Leaving Certificate Examination (including Day School Certificate (Higher) General paper), 1934
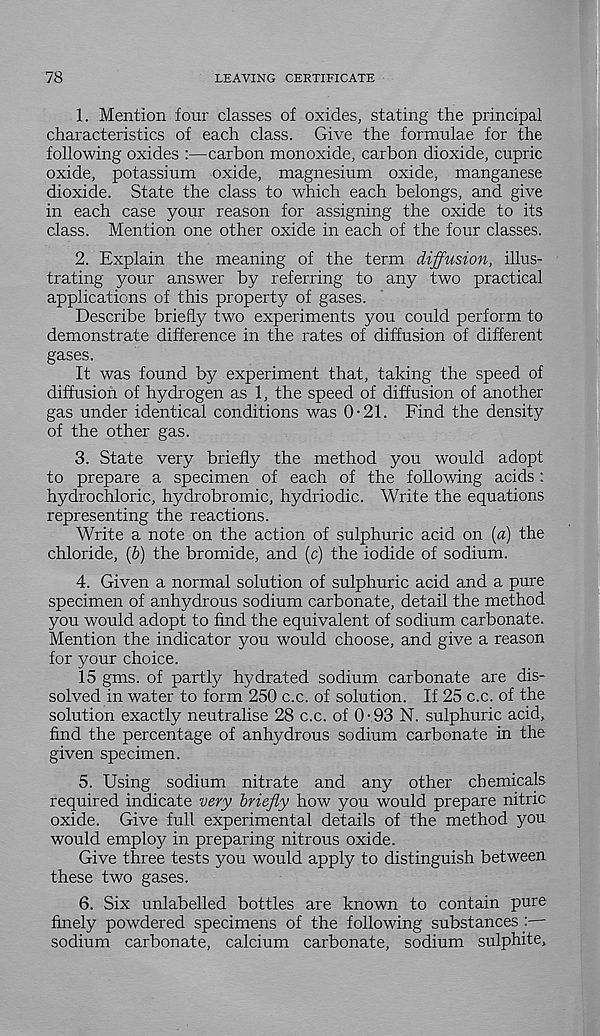
78
LEAVING CERTIFICATE
1. Mention four classes of oxides, stating the principal
characteristics of each class. Give the formulae for the
following oxides :—carbon monoxide, carbon dioxide, cupric
oxide, potassium oxide, magnesium oxide, manganese
dioxide. State the class to which each belongs, and give
in each case your reason for assigning the oxide to its
class. Mention one other oxide in each of the four classes.
2. Explain the meaning of the term diffusion, illus-
trating your answer by referring to any two practical
applications of this property of gases.
Describe briefly two experiments you could perform to
demonstrate difference in the rates of diffusion of different
gases.
It was found by experiment that, taking the speed of
diffusion of hydrogen as 1, the speed of diffusion of another
gas under identical conditions was 0-21. Find the density
of the other gas.
3. State very briefly the method you would adopt
to prepare a specimen of each of the following acids:
hydrochloric, hydrobromic, hydriodic. Write the equations
representing the reactions.
Write a note on the action of sulphuric acid on {a) the
chloride, (6) the bromide, and (c) the iodide of sodium.
4. Given a normal solution of sulphuric acid and a pure
specimen of anhydrous sodium carbonate, detail the method
you would adopt to find the equivalent of sodium carbonate.
Mention the indicator you would choose, and give a reason
for your choice.
15 gms. of partly hydrated sodium carbonate are dis-
solved in water to form 250 c.c. of solution. If 25 c.c. of the
solution exactly neutralise 28 c.c. of 0-93 N. sulphuric acid,
find the percentage of anhydrous sodium carbonate in the
given specimen.
5. Using sodium nitrate and any other chemicals
required indicate very briefly how you would prepare nitric
oxide. Give full experimental details of the method you
would employ in preparing nitrous oxide.
Give three tests you would apply to distinguish between
these two gases.
6. Six unlabelled bottles are known to contain pure
finely powdered specimens of the following substances —-
sodium carbonate, calcium carbonate, sodium sulphite.